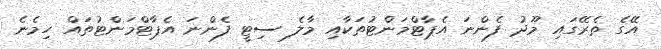
އޭގެ ތެރޭގައި މޫދު ފެންނަ އެޕާޓްމަންޓުތަކާއި މާލެ ސިޓީ ފެންނަ އެޕާޓްމަންޓުތައް ހިމެނެ